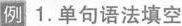
例 1. 单句语法填空